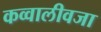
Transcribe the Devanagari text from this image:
कव्वालीवजा